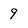
Character: 9